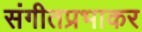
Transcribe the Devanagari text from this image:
संगीतप्रभाकर